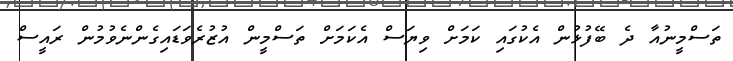
ތަސްމީނުއާ ދެ ބޭފުޅުން އެކުގައި ކަމަށް ވިޔަސް އެކަމަށް ތަސްމީން އުޒުރެވަޑައިގެންނެވުމުން ރައީސް